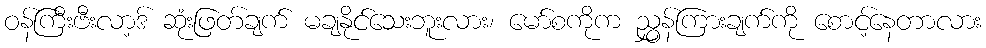
ဝန်ကြီးဗီးလာ့ဒ် ဆုံးဖြတ်ချက် မချနိုင်သေးဘူးလား၊ မော်စကိုက ညွှန်ကြားချက်ကို စောင့်နေတာလား